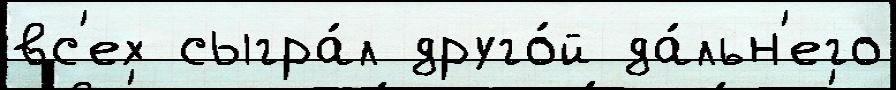
вс'ех сыгра́л друго́й да́льн'его